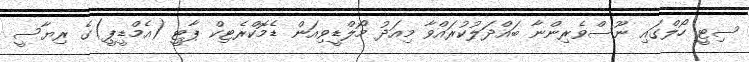
ސިޓީ ހޯލްގައި ނޫސްވެރިންނާ ބައްދަލުކުރައްވާ މިއަދު މޯލްޑީވިއަން ޑެމޮކްރެޓިކް ޕާޓީ (އެމްޑީޕީ)ގެ ރިޔާސީ